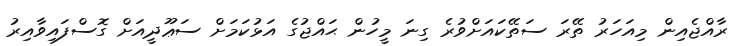
ރާއްޖެއިން މިއަހަރު ތޭރަ ސަތޭކައަށްވުރެ ގިނަ މީހުން ޙައްޖުގެ އަޅުކަމަށް ސަޢޫދީއަށް ގޮސްފައިވާއިރު